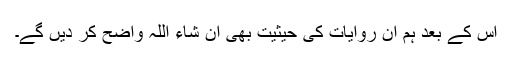
اس کے بعد ہم ان روایات کی حیثیت بھی ان شاء اللہ واضح کر دیں گے۔